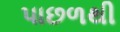
પાછળથી